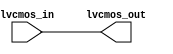
module io_blocks_lvcmos_buffer (
    input wire lvcmos_in,
    output reg lvcmos_out
);

// Input buffer
assign lvcmos_out = lvcmos_in;

// Output buffer
always @(posedge lvcmos_out)
begin
    // Add any necessary voltage level translation circuitry here
end

endmodule